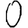
Digit: 0